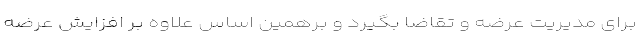
برای مدیریت عرضه و تقاضا بگیرد و برهمین اساس علاوه بر افزایش عرضه